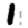
Digit: 1